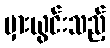
မှားယွင်းသည့်